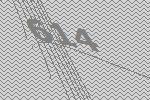
614